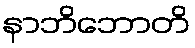
နာဘိဘောတိ